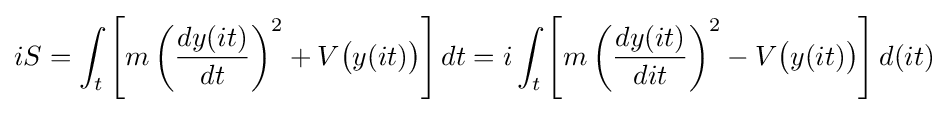
iS=\int _{t}\left[m\left({\frac {dy(it)}{dt}}\right)^{2}+V{\big (}y(it){\big )}\right]dt=i\int _{t}\left[m\left({\frac {dy(it)}{dit}}\right)^{2}-V{\big (}y(it){\big )}\right]d(it)